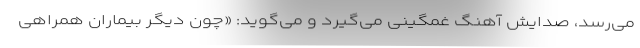
می‌رسد، صدایش آهنگ غمگینی می‌گیرد و می‌گوید: «چون دیگر بیماران همراهی